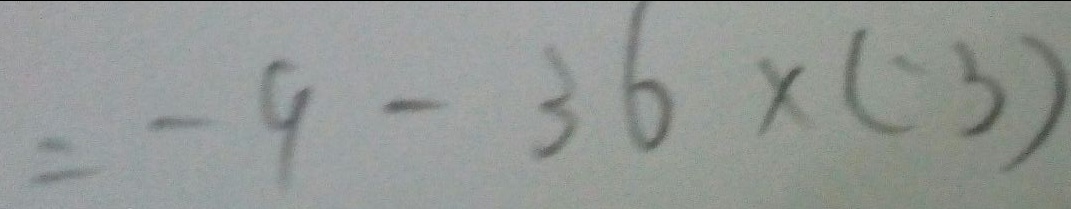
= - 9 - 3 6 \times ( - 3 )